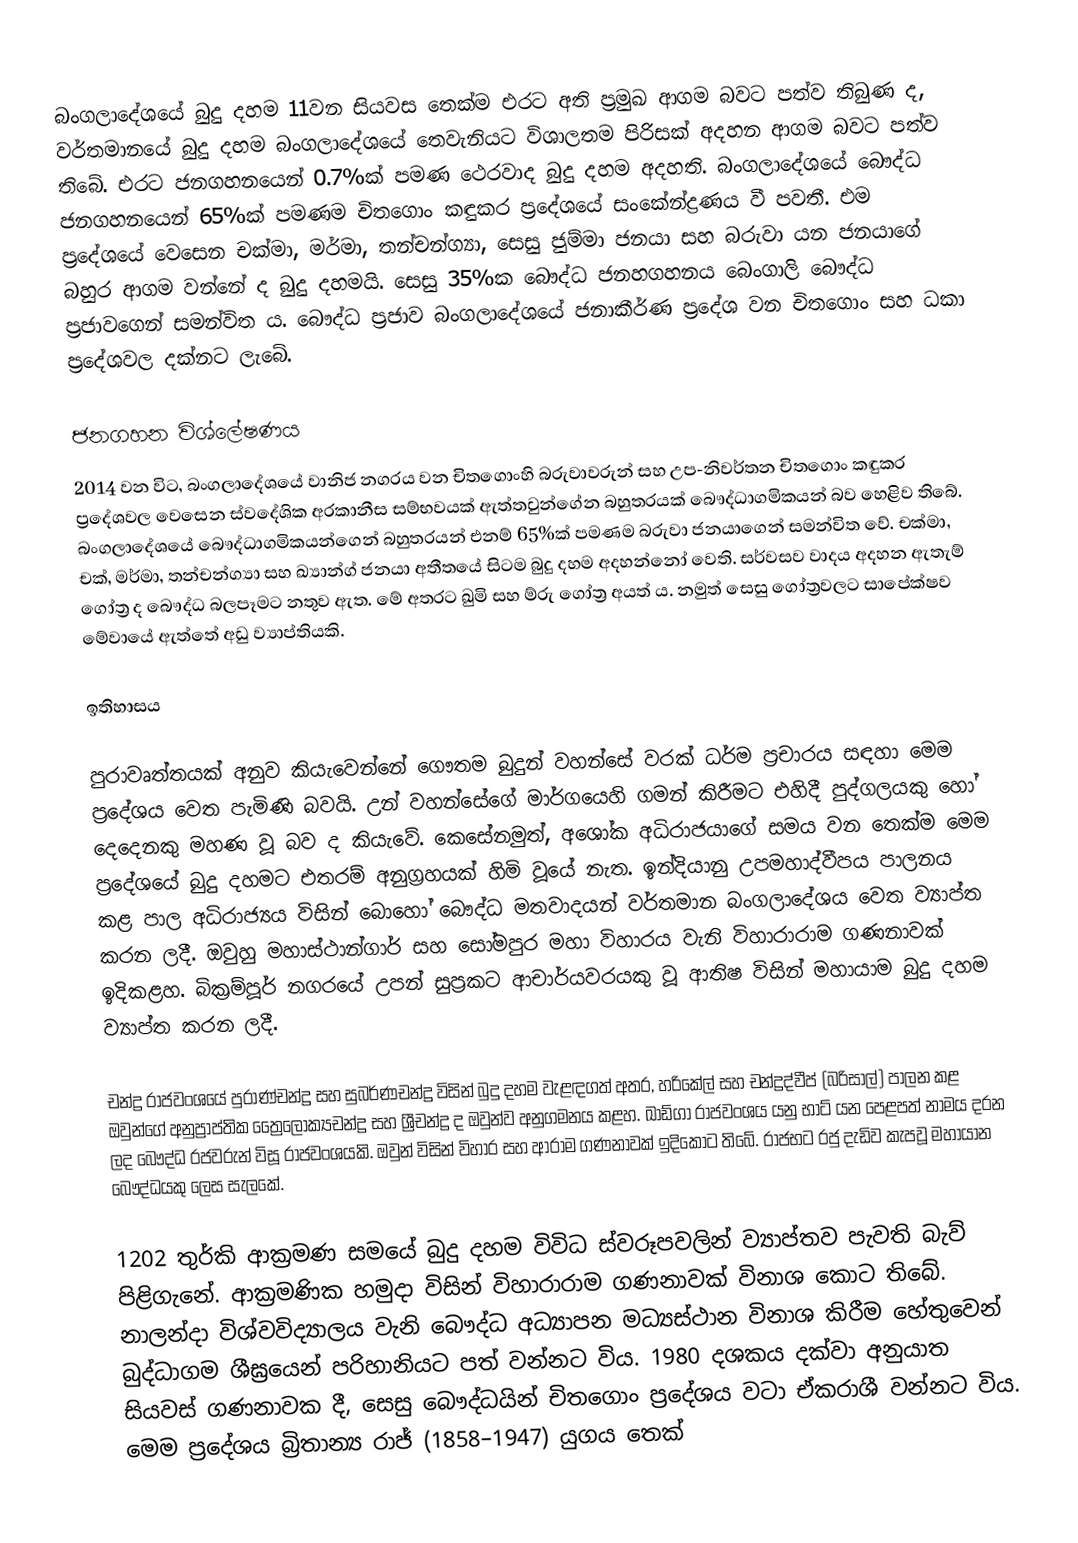
බංගලාදේශයේ බුදු දහම 11වන සියවස තෙක්ම එරට අති ප්‍රමුඛ ආගම බවට පත්ව තිබුණ ද, වර්තමානයේ බුදු දහම බංගලාදේශයේ තෙවැනියට විශාලතම පිරිසක් අදහන ආගම බවට පත්ව තිබේ. එරට ජනගහනයෙන් 0.7%ක් පමණ ථෙරවාද බුදු දහම අදහති. බංගලාදේශයේ බෞද්ධ ජනගහනයෙන් 65%ක් පමණම චිතගොං කඳුකර ප්‍රදේශයේ සංකේන්ද්‍රණය වී පවතී. එම ප්‍රදේශයේ වෙසෙන චක්මා, මර්මා, තන්චන්ග්‍යා, සෙසු ජුම්මා ජනයා සහ බරුවා යන ජනයාගේ බහුර ආගම වන්නේ ද බුදු දහමයි. සෙසු 35%ක බෞද්ධ ජනහගහනය බෙංගාලි බෞද්ධ ප්‍රජාවගෙන් සමන්විත ය. බෞද්ධ ප්‍රජාව බංගලාදේශයේ ජනාකීර්ණ ප්‍රදේශ වන චිතගොං සහ ධකා ප්‍රදේශවල දක්නට ලැබේ.

ජනගහන විශ්ලේෂණය
2014 වන විට, බංගලාදේශයේ වානිජ නගරය වන චිතගොංහි බරුවාවරුන් සහ උප-නිවර්තන චිතගොං කඳුකර ප්‍රදේශවල වෙසෙන ස්වදේශික අරකානීස සම්භවයක් ඇත්තවුන්ගේන ‍බහුතරයක් බෞද්ධාගමිකයන් බව හෙළිව තිබේ. බංගලාදේශයේ බෞද්ධාගමිකයන්ගෙන් බහුතරයන් එනම් 65%ක් පමණම බරුවා ජනයාගෙන් සමන්විත වේ. චක්මා, චක්, මර්මා, තන්චන්ග්‍යා සහ ඛ්‍යාන්ග් ජනයා අතීතයේ සිටම බුදු දහම අදහන්නෝ වෙති. සර්වසව වාදය අදහන ඇතැම් ගෝත්‍ර ද බෞද්ධ බලපෑමට නතුව ඇත. මේ අතරට ඛුමි සහ ම්රු ගෝත්‍ර අයත් ය. නමුත් සෙසු ගෝත්‍රවලට සාපේක්ෂව මේවායේ ඇත්තේ අඩු ව්‍යාප්තියකි.

ඉතිහාසය

පුරාවෘත්තයක් අනුව කියැවෙන්නේ ගෞතම බුදුන් වහන්සේ වරක් ධර්ම ප්‍රචාරය සඳහා මෙම ප්‍රදේශය වෙත පැමිණි බවයි. උන් වහන්සේගේ මාර්ගයෙහි ගමන් කිරීමට එහිදී පුද්ගලයකු හෝ දෙදෙනකු මහණ වූ බව ද කියැවේ. කෙසේනමුත්, අශෝක අධිරාජයාගේ සමය වන තෙක්ම මෙම ප්‍රදේශයේ බුදු දහමට එතරම් අනුග්‍රහයක් හිමි වූයේ නැත. ඉන්දියානු උපමහාද්වීපය පාලනය කළ පාල අධිරාජ්‍යය විසින් බොහෝ බෞද්ධ මතවාදයන් වර්තමාන බංගලාදේශය වෙත ව්‍යාප්ත කරන ලදී. ඔවුහු මහාස්ථාන්ගාර් සහ සෝමපුර මහා විහාරය වැනි විහාරාරාම ගණනාවක් ඉදිකළහ. බික්‍රම්පූර් නගරයේ උපන් සුප්‍රකට ආචාර්යවරයකු වූ ආතිෂ විසින් මහායාම බුදු දහම ව්‍යාප්ත කරන ලදී.

චන්ද්‍ර රාජවංශයේ පුරාණ්චන්ද්‍ර සහ සුබර්ණචන්ද්‍ර විසින් බුදු දහම වැළඳගත් අතර, හරිකේල් සහ චන්ද්‍රද්වීප් (බරිසාල්) පාලන කළ ඔවුන්ගේ අනුප්‍රාප්තික ත්‍රෛලෝක්‍යචන්ද්‍ර සහ ශ්‍රීචන්ද්‍ර ද ඔවුන්ව අනුගමනය කළහ. ඛාඩ්ගා රාජවංශය යනු භාට් යන පෙළපත් නාමය දරන ලද බෞද්ධ රජවරුන් විසූ රාජවංශයකි. ඔවුන් විසින් විහාර සහ ආරාම ගණනාවක් ඉදිකොට තිබේ. රාජභට රජු දැඩිව කැපවූ මහායාන බෞද්ධයකු ලෙස සැලකේ.

1202 තුර්කි ආක්‍රමණ සමයේ බුදු දහම විවිධ ස්වරූපවලින් ව්‍යාප්තව පැවති බැව් පිළිගැනේ. ආක්‍රමණික හමුදා විසින් විහාරාරාම ගණනාවක් විනාශ කොට තිබේ. නාලන්දා විශ්වවිද්‍යාලය වැනි බෞද්ධ අධ්‍යාපන මධ්‍යස්ථාන විනාශ කිරීම හේතුවෙන් බුද්ධාගම ශීඝ්‍රයෙන් පරිහානියට පත් වන්නට විය. 1980 දශකය දක්වා අනුයාත සියවස් ගණනාවක දී, සෙසු බෞද්ධයින් චිතගොං ප්‍රදේශය වටා ඒකරාශී වන්නට විය. මෙම ප්‍රදේශය බ්‍රිතාන්‍ය රාජ් (1858–1947) යුගය තෙක්